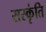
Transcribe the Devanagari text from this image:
सस्कृंति